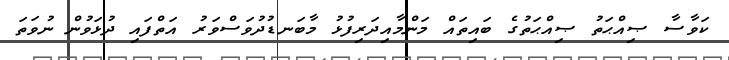
ކަވާސާ ޞިއްޙަތު ޞިއްޙަތުގެ ބައިތައް މަންމާއިދަރިފުޅު މާބަނޑުދުވަސްވަރު އަތްފައި ދުޅަވުން ނުވަތަ